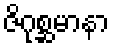
ဇိဂုစ္ဆမာနာ